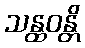
သန္ထဝန္တိ